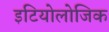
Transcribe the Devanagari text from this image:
इटियोलोजिक